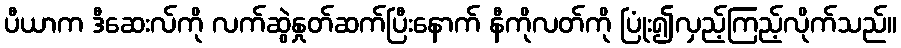
ပီယာက ဒီဆေးလ်ကို လက်ဆွဲနှုတ်ဆက်ပြီးနောက် နီကိုလတ်ကို ပြုံး၍လှည့်ကြည့်လိုက်သည်။